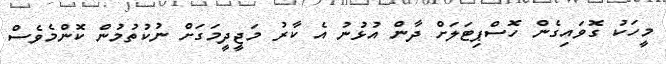
މީހަކު ގޮވައިގެން ހޮސްޕިޓަލަށް ދާން އުޅުނު އެ ކާރު މަޖީދީމަގަށް ނުކުތުމުން ކޮންމެވެސް